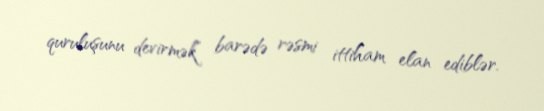
quruluşunu devirmək” barədə rəsmi ittiham elan ediblər.